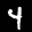
Label: 4